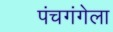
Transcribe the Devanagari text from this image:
पंचगंगेला